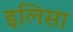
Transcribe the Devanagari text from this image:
इलिसा